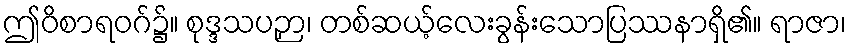
ဤဝိစာရဝဂ်၌။ စုဒ္ဒသပဉှာ၊ တစ်ဆယ့်လေးခွန်းသောပြဿနာရှိ၏။ ရာဇာ၊